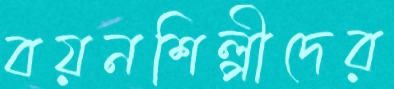
বয়নশিল্পীদের